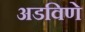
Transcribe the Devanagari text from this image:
अडविणे